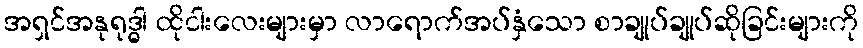
အရှင်အနုရုဒ္ဓါ ထိုငါးလေးများမှာ လာရောက်အပ်နှံသော စာချုပ်ချုပ်ဆိုခြင်းများကို